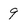
Character: 9